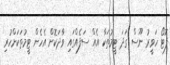
ފޮޓޯ ހަވީރު ނޫސް ގަދަ ޓީމުތަކާ އެއް ސަފެއްގައި ވާދަކޮށް އެހެން ޓީމުތަކަށްހުރި